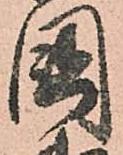
國